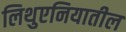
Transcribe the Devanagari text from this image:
लिथुएनियातील